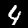
Label: 4